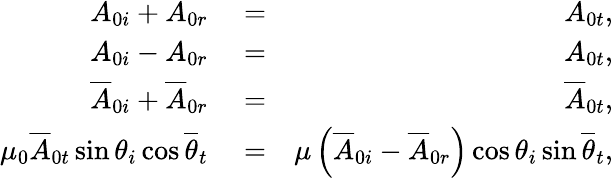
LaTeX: \begin{array}{rlr}{A_{0i}+A_{0r}}&{{}=}&{A_{0t},}\\ {A_{0i}-A_{0r}}&{{}=}&{A_{0t},}\\ {\overline{{A}}_{0i}+\overline{{A}}_{0r}}&{{}=}&{\overline{{A}}_{0t},}\\ {\mu_{0}\overline{{A}}_{0t}\sin\theta_{i}\cos\overline{{\theta}}_{t}}&{{}=}&{\mu\left(\overline{{A}}_{0i}-\overline{{A}}_{0r}\right)\cos\theta_{i}\sin\overline{{\theta}}_{t},}\end{array}